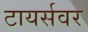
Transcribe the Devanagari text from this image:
टायर्सवर